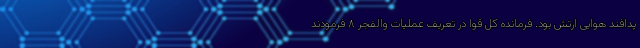
پدافند هوایی ارتش بود. فرمانده کل قوا در تعریف عملیات والفجر ۸ فرمودند